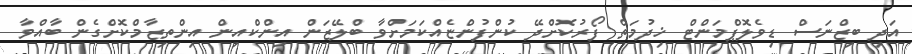
އަދި ބިޒްނަސް ޑިވެލޮޕްމަންޓް ޚިދުމަތް ފޯރުކޮށްދޭ ކުންފުންޏެއްކަމަށްވާ ބްލޭޒަން އިންކްއިން އިންތިޒާމްކޮށްގެން ބާއްވާ